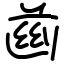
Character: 𦱳